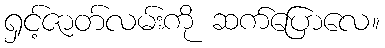
ရှင့်ဇာတ်လမ်းကို ဆက်ပြောလေ။